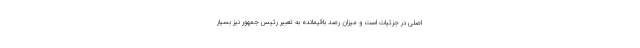
اصلی در جزئیات است و میزان رصد باقیمانده به تعبیر رئیس جمهور نیز بسیار